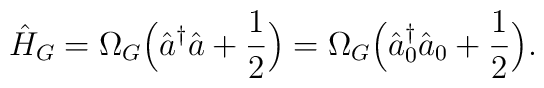
\hat{H}_G = \Omega_G \Bigl(\hat{a}^{\dagger} \hat{a} +\frac{1}{2} \Bigr) = \Omega_G \Bigl(\hat{a}^{\dagger}_0 \hat{a}_0 +\frac{1}{2} \Bigr).